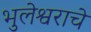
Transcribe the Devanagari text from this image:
भुलेश्वराचे